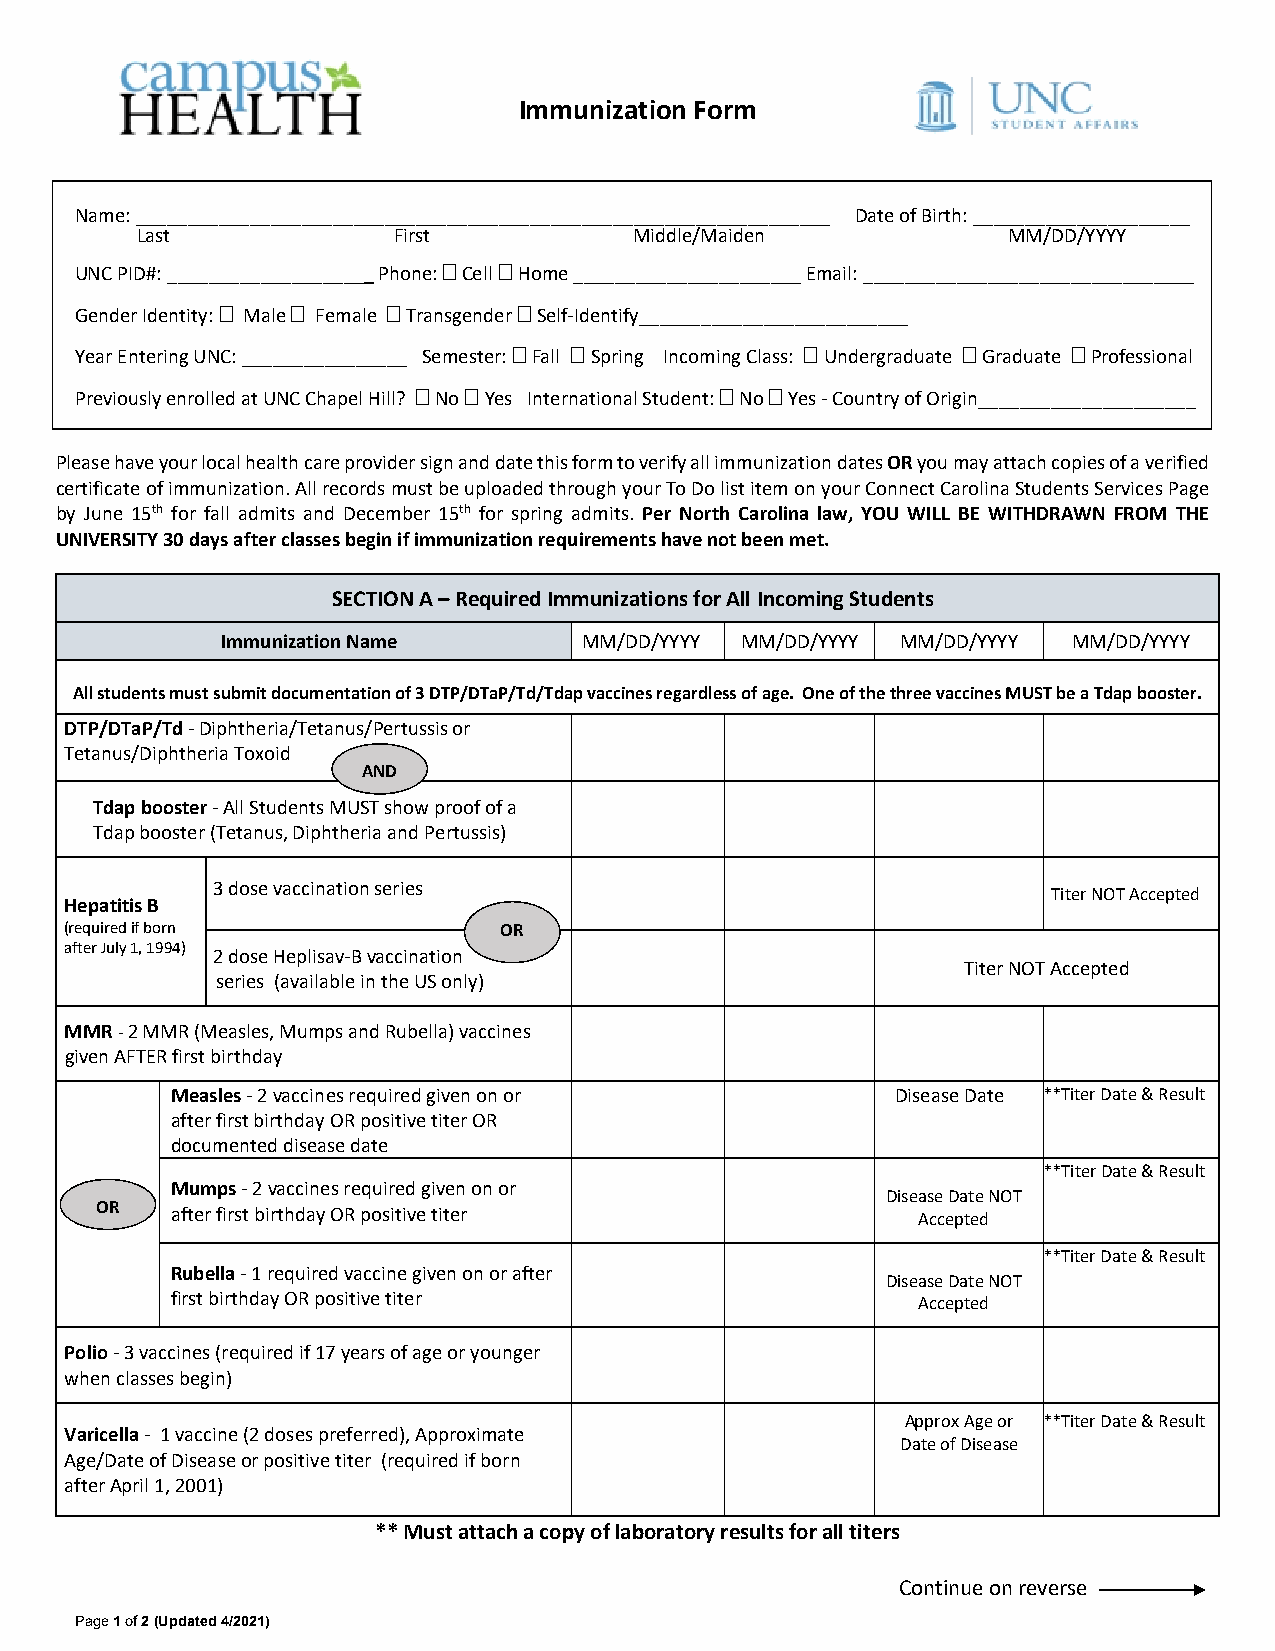
Immunization Form
 Name: ___________________________________________________________________ Date of Birth: _____________________
 Last             First           Middle/Maiden            MM/DD/YYYY
 UNC PID#: ___________________ Phone:  Cell  Home ______________________ Email: ________________________________
 Gender Identity:  Male  Female  Transgender  Self-Identify__________________________
 Year Entering UNC: ________________ Semester:  Fall  Spring Incoming Class:  Undergraduate  Graduate  Professional
 Previously enrolled at UNC Chapel Hill?  No  Yes International Student:  No  Yes - Country of Origin_____________________
 Please have your local health care provider sign and date this form to verify all immunization dates OR you may attach copies of a verified
 certificate of immunization. All records must be uploaded through your To Do list item on your Connect Carolina Students Services Page
 by June 15th for fall admits and December 15th for spring admits. Per North Carolina law, YOU WILL BE WITHDRAWN FROM THE
 UNIVERSITY 30 days after classes begin if immunization requirements have not been met.
 SECTION A – Required Immunizations for All Incoming Students
 Immunization Name       MM/DD/YYYY MM/DD/YYYY MM/DD/YYYY MM/DD/YYYY
 All students must submit documentation of 3 DTP/DTaP/Td/Tdap vaccines regardless of age. One of the three vaccines MUST be a Tdap booster.
 DTP/DTaP/Td - Diphtheria/Tetanus/Pertussis or
 Tetanus/Diphtheria Toxoid
 AND
 Tdap booster - All Students MUST show proof of a
 Tdap booster (Tetanus, Diphtheria and Pertussis)
 3 dose vaccination series
 Titer NOT Accepted
 Hepatitis B
 (required if born            OR
 after July 1, 1994)
 2 dose Heplisav-B vaccination
 Titer NOT Accepted
 series (available in the US only)
 MMR - 2 MMR (Measles, Mumps and Rubella) vaccines
 given AFTER first birthday
 Measles - 2 vaccines required given on or       Disease Date **Titer Date & Result
 after first birthday OR positive titer OR
 documented disease date
 **Titer Date & Result
 Mumps - 2 vaccines required given on or
 Disease Date NOT
 OR   after first birthday OR positive titer            Accepted
 **Titer Date & Result
 Rubella - 1 required vaccine given on or after
 Disease Date NOT
 first birthday OR positive titer                  Accepted
 Polio - 3 vaccines (required if 17 years of age or younger
 when classes begin)
 Approx Age or **Titer Date & Result
 Varicella - 1 vaccine (2 doses preferred), Approximate
 Date of Disease
 Age/Date of Disease or positive titer (required if born
 after April 1, 2001)
 ** Must attach a copy of laboratory results for all titers
 Continue on reverse
 Page 1 of 2 (Updated 4/2021)